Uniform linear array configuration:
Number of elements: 8
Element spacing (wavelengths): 0.25
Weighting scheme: cosine
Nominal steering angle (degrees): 45
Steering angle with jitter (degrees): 44.087
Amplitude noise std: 0.05
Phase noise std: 0.05

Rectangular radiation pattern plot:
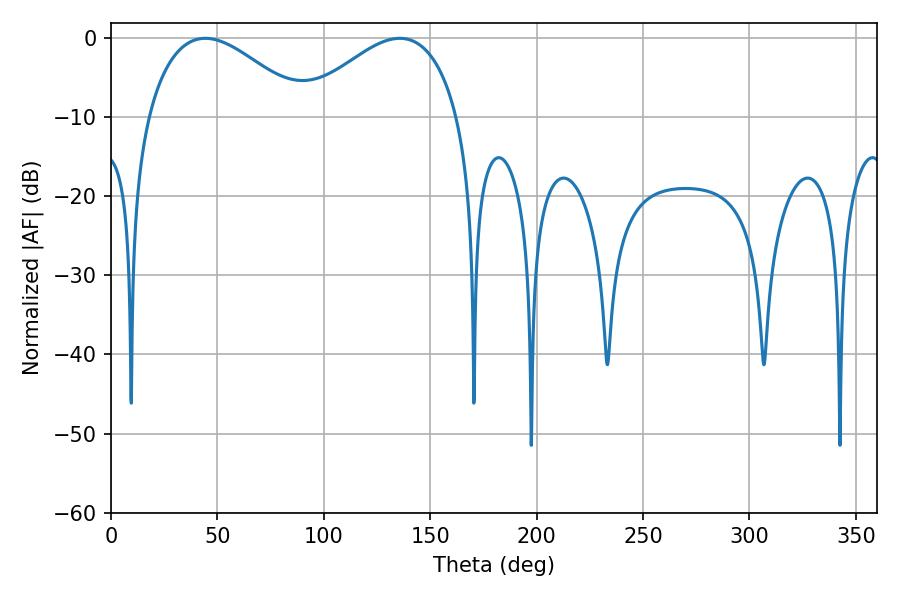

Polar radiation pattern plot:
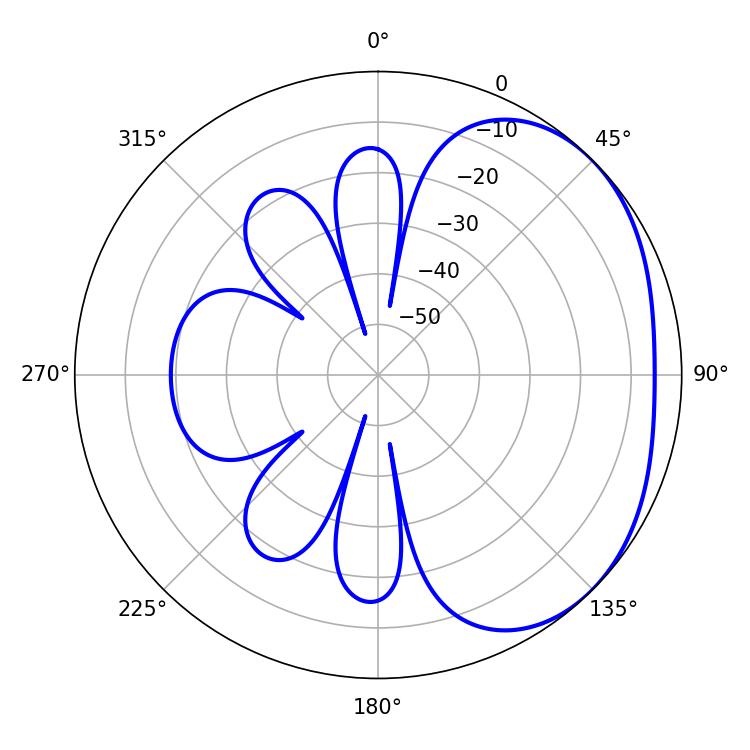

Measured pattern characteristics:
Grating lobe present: FALSE
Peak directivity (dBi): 2.543
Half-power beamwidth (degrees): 40.68
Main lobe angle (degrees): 44.28